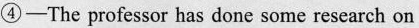
④-The professor has done some research on